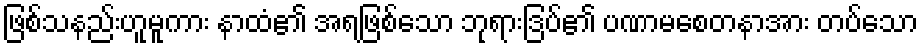
ဖြစ်သနည်းဟူမူကား နာထံ၏ အရဖြစ်သော ဘုရားဒြပ်၏ ပဏာမစေတနာအား တပ်သော